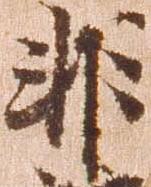
非